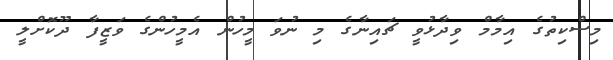
މިސްކިތުގެ އިމާމް ވިދާޅުވީ ޗައިނާގެ މި ނުވަ މީހުން އެމީހުންގެ ވަޒީފާ ދޫކޮށްލީ